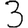
Digit: 3